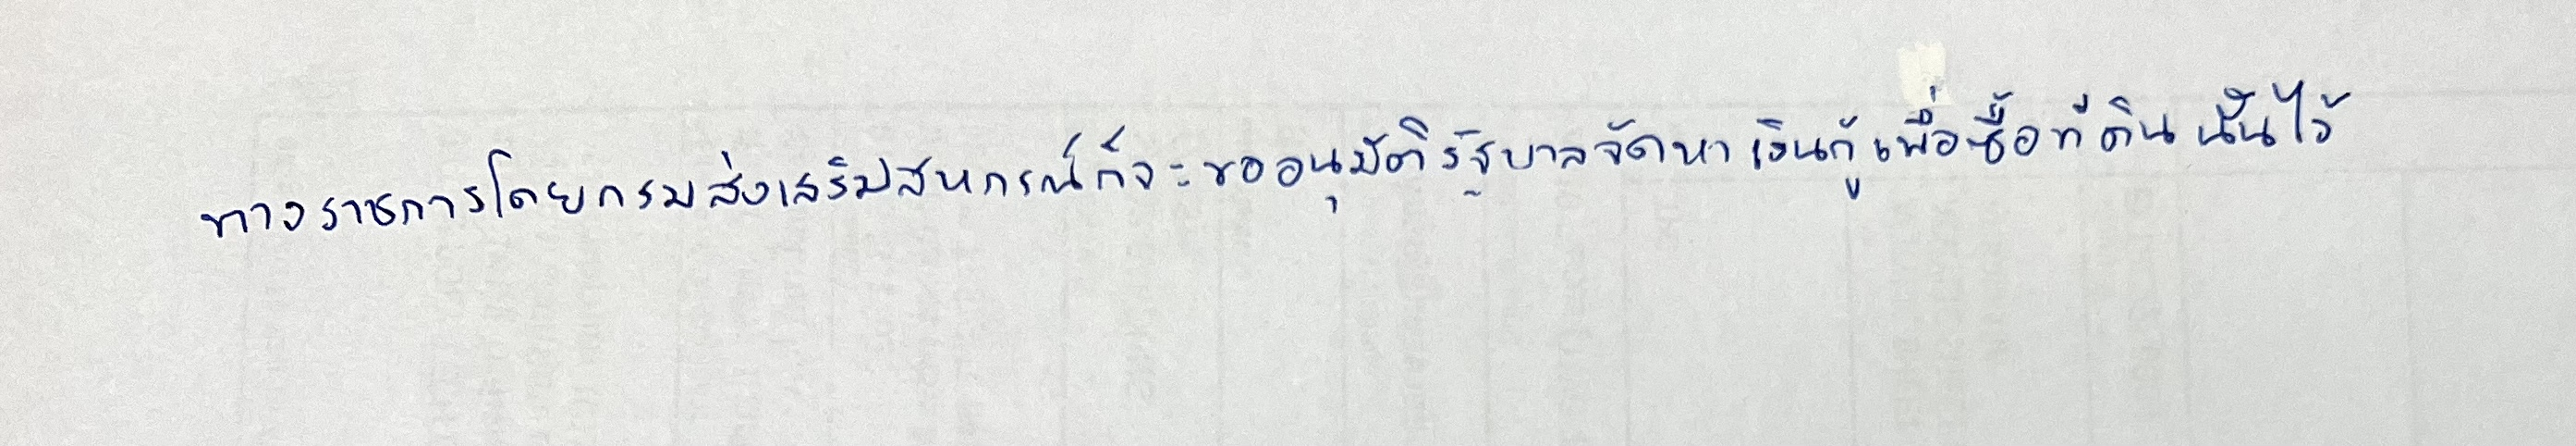
ทางราชการโดยกรมส่งเสริมสหกรณ์ก็จะขออนุมัติรัฐบาลจัดหาเงินกู้เพื่อซื้อที่ดินนั้นไว้